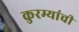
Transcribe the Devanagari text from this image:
कुरम्यांची